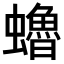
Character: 𧔎